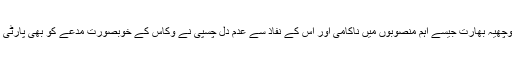
علاوہ ازیں ریاست میں سوچھیہ بھارت جیسے اہم منصوبوں میں ناکامی اور اس کے نفاذ سے عدم دل چسپی نے وکاس کے خوبصورت مدعے کو بھی پارٹی کے ہاتھوں سے چھین لیا۔